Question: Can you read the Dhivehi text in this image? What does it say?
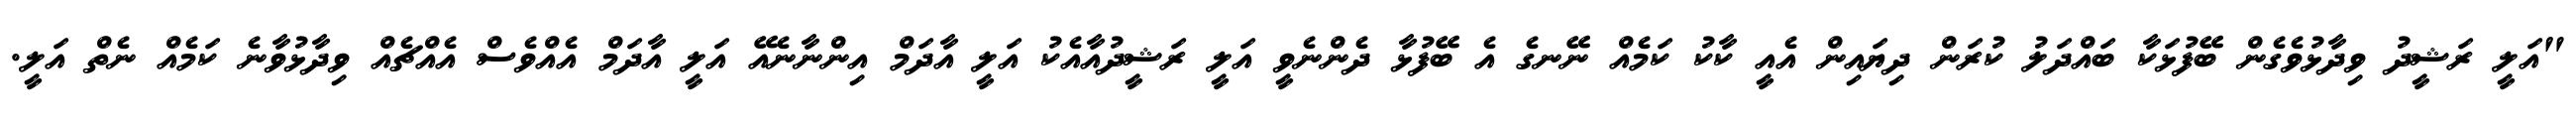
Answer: "އަލީ ރަޝީދު ވިދާޅުވެގެން ބޭފުޅަކާ ބައްދަލު ކުރަން ދިޔައިން އެއީ ކާކު ކަމެއް ނޭނގެ އެ ބޭފުޅާ ދެންނެވީ އަލީ ރަޝީދުއާއެކު އަލީ އާދަމް އިންނާނެއޭ އަލީ އާދަމް އެއްވެސް އެއްޗެއް ވިދާޅުވާނެ ކަމެއް ނެތް އަލީ.